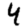
Digit: 4